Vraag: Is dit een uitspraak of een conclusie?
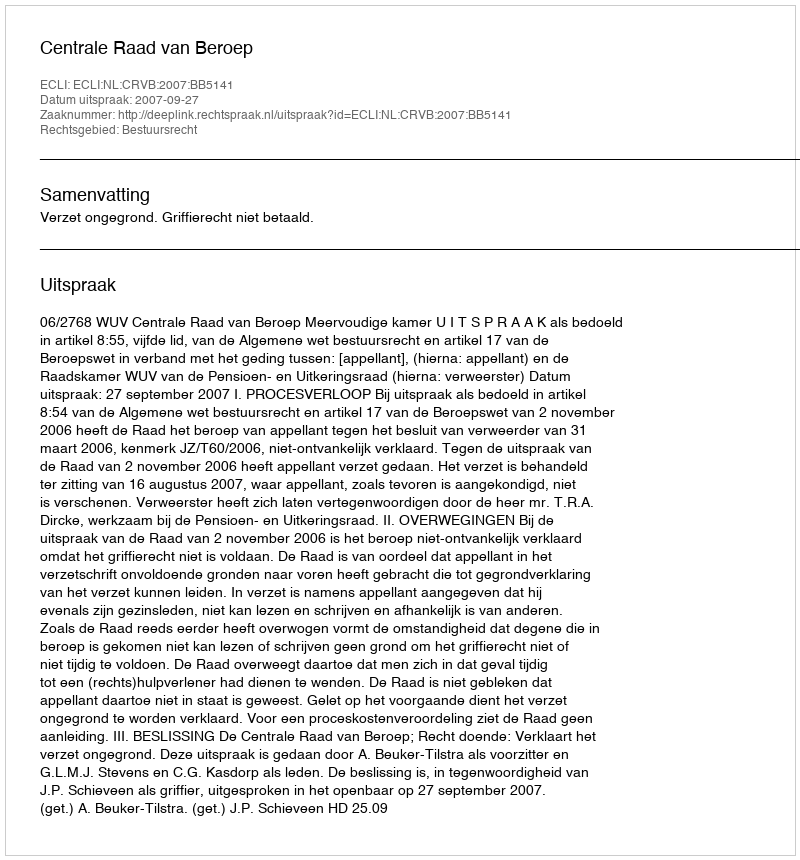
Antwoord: Uitspraak